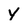
Character: y